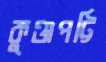
কুঞ্জপট্টি